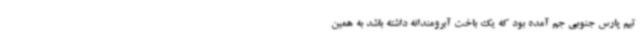
تیم پارس جنوبی جم آمده بود که یک باخت آبرومندانه داشته باشد به همین